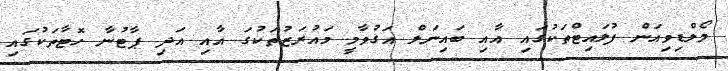
މޯލްޑިވިއަން ފުލައިޓްތަކުގައި އާއި ބައިނަލް އަގުވާމީ މައުރަޒުތަކުގަ އާއި އަދި ޕާޓުނާ ހޮޓާތަަކުގައި